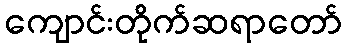
ကျောင်းတိုက်ဆရာတော်